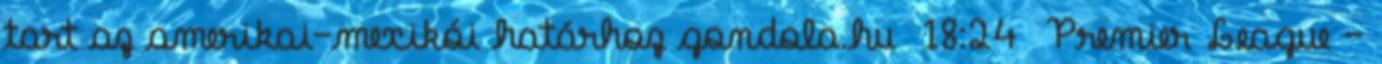
tart az amerikai–mexikói határhoz gondola.hu 18:24 Premier League –